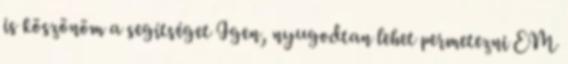
is köszönöm a segítséget Igen, nyugodtan lehet permetezni EM